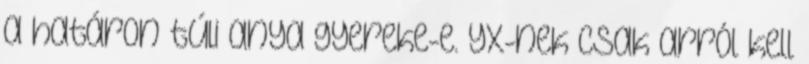
a határon túli anya gyereke-e. YX-nek csak arról kell